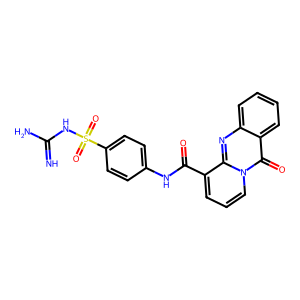
SMILES: N=C(N)NS(=O)(=O)c1ccc(NC(=O)c2cccn3c(=O)c4ccccc4nc23)cc1
Inhibits HIV replication: No